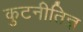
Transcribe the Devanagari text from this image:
कुटनीतिज्ञ